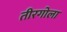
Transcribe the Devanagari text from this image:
तीरगोला